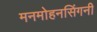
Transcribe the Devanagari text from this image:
मनमोहनसिंगनी